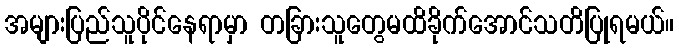
အများပြည်သူပိုင်နေရာမှာ တခြားသူတွေမထိခိုက်အောင်သတိပြုရမယ်။